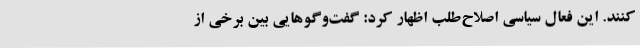
کنند. این فعال سیاسی اصلاح‌طلب اظهار کرد: گفت‌وگوهایی بین برخی از